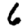
Digit: 6